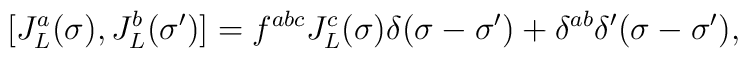
[J_L^a(\sigma),J_L^b(\sigma^\prime)]=f^{abc}J_L^c(\sigma)\delta(\sigma-\sigma^\prime)+\delta^{ab}\delta^\prime(\sigma-\sigma^\prime),